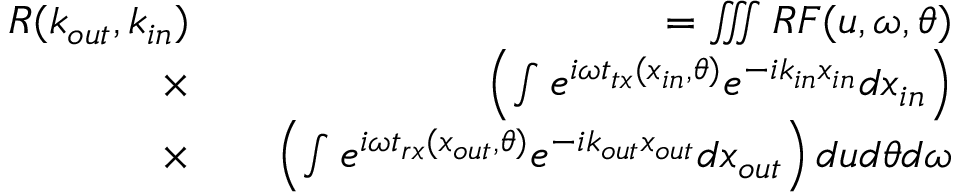
\begin{array} { r l r } { R ( k _ { o u t } , k _ { i n } ) } & { } & { = \iiint R F ( u , \omega , \theta ) } \\ { \times } & { } & { \left( \int { e ^ { i \omega t _ { t x } ( x _ { i n } , \theta ) } e ^ { - i k _ { i n } x _ { i n } } d x _ { i n } } \right) } \\ { \times } & { } & { \left( \int { e ^ { i \omega t _ { r x } ( x _ { o u t } , \theta ) } e ^ { - i k _ { o u t } x _ { o u t } } d x _ { o u t } } \right) d u d \theta d \omega } \end{array}